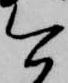
今